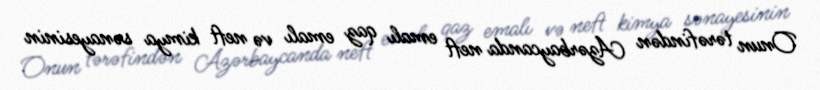
Onun tərəfindən Azərbaycanda neft emalı qaz emalı və neft kimya sənayesinin